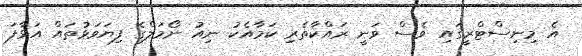
އެ މިނިސްޓްރީގައި ވެސް ވަނީ ރައްކާތެރި ކަމާއެކު ނިއު ނޯމަލްގެ ފިޔަވަޅުތައް އަޅާފަ